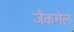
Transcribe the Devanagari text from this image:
जैकमेल